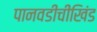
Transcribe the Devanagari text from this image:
पानवडीचीखिंड